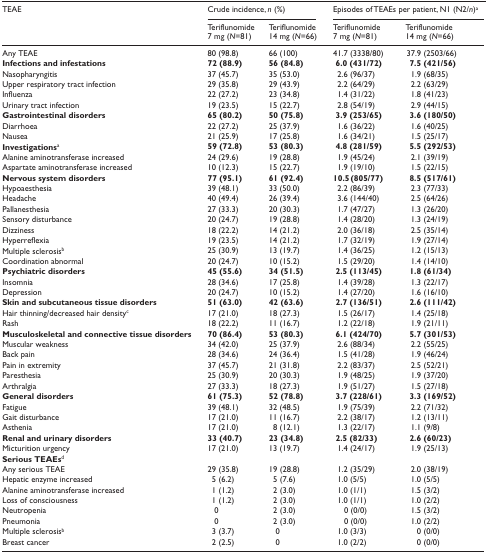
<table><thead><tr><td><b>TEAE</b></td><td colspan="2"><b>Crude incidence, <i>n</i> (%)</b></td><td colspan="2"><b>Episodes of TEAEs per patient, N1 (N2/<i>n</i>)<sup>a</sup></b></td></tr><tr><td></td><td><b>Teriflunomide 7 mg (<i>N</i>=81)</b></td><td><b>Teriflunomide 14 mg (<i>N</i>=66)</b></td><td><b>Teriflunomide 7 mg (<i>N</i>=81)</b></td><td><b>Teriflunomide 14 mg (<i>N</i>=66)</b></td></tr></thead><tbody><tr><td>Any TEAE</td><td>80 (98.8)</td><td>66 (100)</td><td>41.7 (3338/80)</td><td>37.9 (2503/66)</td></tr><tr><td><b>Infections and infestations</b></td><td><b>72 (88.9)</b></td><td><b>56 (84.8)</b></td><td><b>6.0 (431/72)</b></td><td><b>7.5 (421/56)</b></td></tr><tr><td>Nasopharyngitis</td><td>37 (45.7)</td><td>35 (53.0)</td><td>2.6 (96/37)</td><td>1.9 (68/35)</td></tr><tr><td>Upper respiratory tract infection</td><td>29 (35.8)</td><td>29 (43.9)</td><td>2.2 (64/29)</td><td>2.2 (63/29)</td></tr><tr><td>Influenza</td><td>22 (27.2)</td><td>23 (34.8)</td><td>1.4 (31/22)</td><td>1.8 (41/23)</td></tr><tr><td>Urinary tract infection</td><td>19 (23.5)</td><td>15 (22.7)</td><td>2.8 (54/19)</td><td>2.9 (44/15)</td></tr><tr><td><b>Gastrointestinal disorders</b></td><td><b>65 (80.2)</b></td><td><b>50 (75.8)</b></td><td><b>3.9 (253/65)</b></td><td><b>3.6 (180/50)</b></td></tr><tr><td>Diarrhoea</td><td>22 (27.2)</td><td>25 (37.9)</td><td>1.6 (36/22)</td><td>1.6 (40/25)</td></tr><tr><td>Nausea</td><td>21 (25.9)</td><td>17 (25.8)</td><td>1.6 (34/21)</td><td>1.5 (25/17)</td></tr><tr><td><b>Investigations</b><sup>a</sup></td><td><b>59 (72.8)</b></td><td><b>53 (80.3)</b></td><td><b>4.8 (281/59)</b></td><td><b>5.5 (292/53)</b></td></tr><tr><td>Alanine aminotransferase increased</td><td>24 (29.6)</td><td>19 (28.8)</td><td>1.9 (45/24)</td><td>2.1 (39/19)</td></tr><tr><td>Aspartate aminotransferase increased</td><td>10 (12.3)</td><td>15 (22.7)</td><td>1.9 (19/10)</td><td>1.5 (22/15)</td></tr><tr><td><b>Nervous system disorders</b></td><td><b>77 (95.1)</b></td><td><b>61 (92.4)</b></td><td><b>10.5 (805/77)</b></td><td><b>8.5 (517/61)</b></td></tr><tr><td>Hypoaesthesia</td><td>39 (48.1)</td><td>33 (50.0)</td><td>2.2 (86/39)</td><td>2.3 (77/33)</td></tr><tr><td>Headache</td><td>40 (49.4)</td><td>26 (39.4)</td><td>3.6 (144/40)</td><td>2.5 (64/26)</td></tr><tr><td>Pallanesthesia</td><td>27 (33.3)</td><td>20 (30.3)</td><td>1.7 (47/27)</td><td>1.3 (26/20)</td></tr><tr><td>Sensory disturbance</td><td>20 (24.7)</td><td>19 (28.8)</td><td>1.4 (28/20)</td><td>1.3 (24/19)</td></tr><tr><td>Dizziness</td><td>18 (22.2)</td><td>14 (21.2)</td><td>2.0 (36/18)</td><td>2.5 (35/14)</td></tr><tr><td>Hyperreflexia</td><td>19 (23.5)</td><td>14 (21.2)</td><td>1.7 (32/19)</td><td>1.9 (27/14)</td></tr><tr><td>Multiple sclerosis<sup>b</sup></td><td>25 (30.9)</td><td>13 (19.7)</td><td>1.4 (36/25)</td><td>1.2 (15/13)</td></tr><tr><td>Coordination abnormal</td><td>20 (24.7)</td><td>10 (15.2)</td><td>1.5 (29/20)</td><td>1.4 (14/10)</td></tr><tr><td><b>Psychiatric disorders</b></td><td><b>45 (55.6)</b></td><td><b>34 (51.5)</b></td><td><b>2.5 (113/45)</b></td><td><b>1.8 (61/34)</b></td></tr><tr><td>Insomnia</td><td>28 (34.6)</td><td>17 (25.8)</td><td>1.4 (39/28)</td><td>1.3 (22/17)</td></tr><tr><td>Depression</td><td>20 (24.7)</td><td>10 (15.2)</td><td>1.4 (27/20)</td><td>1.6 (16/10)</td></tr><tr><td><b>Skin and subcutaneous tissue disorders</b></td><td><b>51 (63.0)</b></td><td><b>42 (63.6)</b></td><td><b>2.7 (136/51)</b></td><td><b>2.6 (111/42)</b></td></tr><tr><td>Hair thinning/decreased hair density<sup>c</sup></td><td>17 (21.0)</td><td>18 (27.3)</td><td>1.5 (26/17)</td><td>1.4 (25/18)</td></tr><tr><td>Rash</td><td>18 (22.2)</td><td>11 (16.7)</td><td>1.2 (22/18)</td><td>1.9 (21/11)</td></tr><tr><td><b>Musculoskeletal and connective tissue disorders</b></td><td><b>70 (86.4)</b></td><td><b>53 (80.3)</b></td><td><b>6.1 (424/70)</b></td><td><b>5.7 (301/53)</b></td></tr><tr><td>Muscular weakness</td><td>34 (42.0)</td><td>25 (37.9)</td><td>2.6 (88/34)</td><td>2.2 (55/25)</td></tr><tr><td>Back pain</td><td>28 (34.6)</td><td>24 (36.4)</td><td>1.5 (41/28)</td><td>1.9 (46/24)</td></tr><tr><td>Pain in extremity</td><td>37 (45.7)</td><td>21 (31.8)</td><td>2.2 (83/37)</td><td>2.5 (52/21)</td></tr><tr><td>Paresthesia</td><td>25 (30.9)</td><td>20 (30.3)</td><td>1.9 (48/25)</td><td>1.9 (37/20)</td></tr><tr><td>Arthralgia</td><td>27 (33.3)</td><td>18 (27.3)</td><td>1.9 (51/27)</td><td>1.5 (27/18)</td></tr><tr><td><b>General disorders</b></td><td><b>61 (75.3)</b></td><td><b>52 (78.8)</b></td><td><b>3.7 (228/61)</b></td><td><b>3.3 (169/52)</b></td></tr><tr><td>Fatigue</td><td>39 (48.1)</td><td>32 (48.5)</td><td>1.9 (75/39)</td><td>2.2 (71/32)</td></tr><tr><td>Gait disturbance</td><td>17 (21.0)</td><td>11 (16.7)</td><td>2.2 (38/17)</td><td>1.2 (13/11)</td></tr><tr><td>Asthenia</td><td>17 (21.0)</td><td>8 (12.1)</td><td>1.3 (22/17)</td><td>1.1 (9/8)</td></tr><tr><td><b>Renal and urinary disorders</b></td><td><b>33 (40.7)</b></td><td><b>23 (34.8)</b></td><td><b>2.5 (82/33)</b></td><td><b>2.6 (60/23)</b></td></tr><tr><td>Micturition urgency</td><td>17 (21.0)</td><td>13 (19.7)</td><td>1.4 (24/17)</td><td>1.9 (25/13)</td></tr><tr><td><b>Serious TEAEs</b><sup>d</sup></td><td></td><td></td><td></td><td></td></tr><tr><td>Any serious TEAE</td><td>29 (35.8)</td><td>19 (28.8)</td><td>1.2 (35/29)</td><td>2.0 (38/19)</td></tr><tr><td>Hepatic enzyme increased</td><td>5 (6.2)</td><td>5 (7.6)</td><td>1.0 (5/5)</td><td>1.0 (5/5)</td></tr><tr><td>Alanine aminotransferase increased</td><td>1 (1.2)</td><td>2 (3.0)</td><td>1.0 (1/1)</td><td>1.5 (3/2)</td></tr><tr><td>Loss of consciousness</td><td>1 (1.2)</td><td>2 (3.0)</td><td>1.0 (1/1)</td><td>1.0 (2/2)</td></tr><tr><td>Neutropenia</td><td>0</td><td>2 (3.0)</td><td>0 (0/0)</td><td>1.5 (3/2)</td></tr><tr><td>Pneumonia</td><td>0</td><td>2 (3.0)</td><td>0 (0/0)</td><td>1.0 (2/2)</td></tr><tr><td>Multiple sclerosis<sup>b</sup></td><td>3 (3.7)</td><td>0</td><td>1.0 (3/3)</td><td>0 (0/0)</td></tr><tr><td>Breast cancer</td><td>2 (2.5)</td><td>0</td><td>1.0 (2/2)</td><td>0 (0/0)</td></tr></tbody></table>